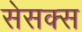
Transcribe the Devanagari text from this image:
सेसक्स